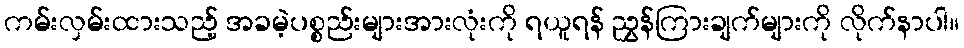
ကမ်းလှမ်းထားသည့် အခမဲ့ပစ္စည်းများအားလုံးကို ရယူရန် ညွှန်ကြားချက်များကို လိုက်နာပါ။